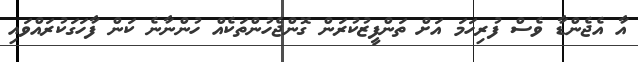
އާ އެޖެންޑާ ވެސް ފުރިހަމަ އަށް ތަންފީޒުކުރަން ގޮންޖެހުންތަކެއް ހުންނާނެ ކަން ފާހަގަކުރައްވައި